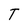
Character: T